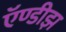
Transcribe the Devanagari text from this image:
ऍण्डीझ